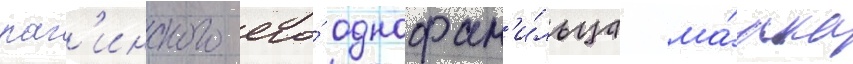
раг'инского его́ однофам'и́льца ма́рка